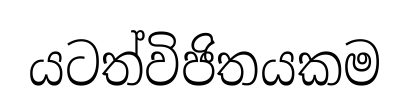
යටත්විජිතයකම